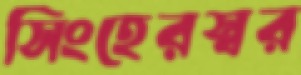
সিংহেরস্বর